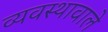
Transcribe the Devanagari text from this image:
व्यवस्थावाले